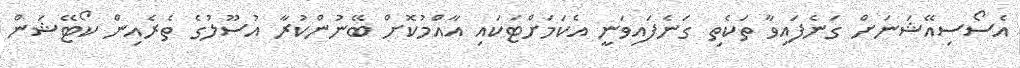
އެސޯސިއޭޝަނަށް ގަނެފައިވާ ތަކެތި ގަނެފައިވަނީ އެކަމަށްޓަކައި އާއްމުކޮށް ބޭނުންކުރާ އުސޫލުގެ ތެރެއިން ކޯޓޭޝަން